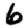
Digit: 6